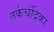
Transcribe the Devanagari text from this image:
तर्कचंद्रिका